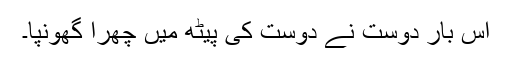
اس بار دوست نے دوست کی پیٹھ میں چھرا گھونپا۔